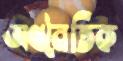
অথনৈতিক